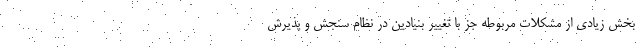
بخش زیادی از مشکلات مربوطه جز با تغییر بنیادین در نظام سنجش و پذیرش